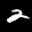
Label: 2